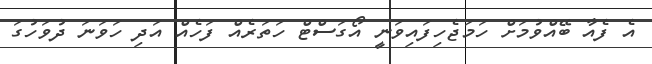
އެ ފެއާ ބޭއްވުމަށް ހަމަޖެހިފައިވަނީ އޯގަސްޓް ހަތަރެއް ފަހެއް އަދި ހަވަނަ ދުވަހުގަ